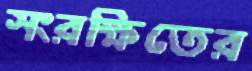
সংরক্ষিতের